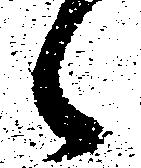
候